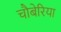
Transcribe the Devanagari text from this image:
चौबेरिया